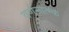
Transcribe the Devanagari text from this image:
वर्णनात्म्क